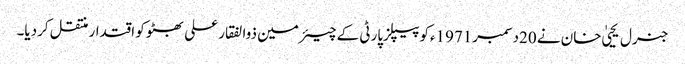
جنرل یحییٰ خان نے 20دسمبر1971ءکو پیپلزپارٹی کے چیئرمین ذوالفقار علی بھٹو کو اقتدار منتقل کردیا۔